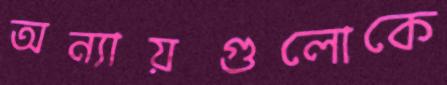
অন্যায়গুলোকে